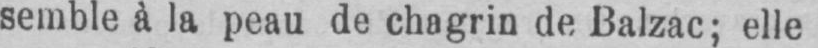
semble à la peau de chagrin de Balzac; elle